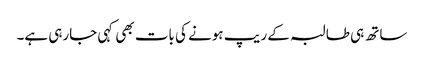
ساتھ ہی طالبہ کے ریپ ہونے کی بات بھی کہی جارہی ہے۔